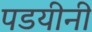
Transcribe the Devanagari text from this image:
पडयीनी